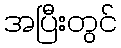
အပြီးတွင်